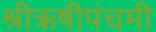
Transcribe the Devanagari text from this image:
श्रीऋषीपंचमी